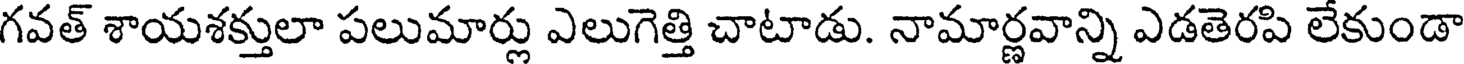
గవత్ శాయశక్తులా పలుమార్లు ఎలుగెత్తి చాటాడు. నామార్ణవాన్ని ఎడతెరపి లేకుండా